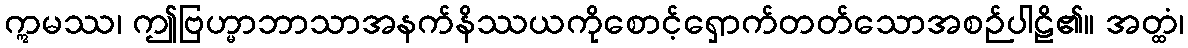
ဣမဿ၊ ဤဗြဟ္မာဘာသာအနက်နိဿယကိုစောင့်ရှောက်တတ်သောအစဉ်ပါဠိ၏။ အတ္ထံ၊